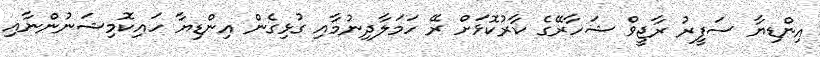
އިންޑިޔާ ސަފީރު ރާޖީވް ޝަހާރޭގެ ކާރުކޮޅަށް ރޭ ހަމަލާދިނުމާއި ގުޅިގެން އިންޑިޔާ ހައިކޮމިޝަނުންނާއި